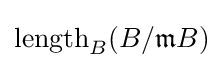
\operatorname {length} _{B}(B/{\mathfrak {m}}B)